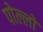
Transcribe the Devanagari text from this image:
पोल्लो